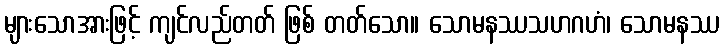
များသောအားဖြင့် ကျင်လည်တတ် ဖြစ် တတ်သော။ သောမနဿသဟဂဟံ၊ သောမနဿ